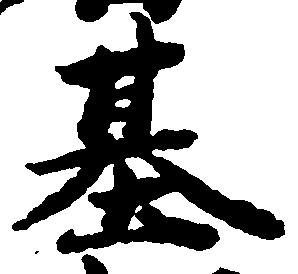
基